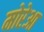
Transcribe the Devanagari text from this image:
मोरेआ